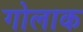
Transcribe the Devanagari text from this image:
गोलाक